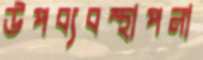
উপব্যবস্থাপনা